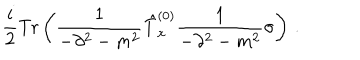
\frac { i } { 2 } \mathrm { T r } \left( \frac { 1 } { - \partial ^ { 2 } - m ^ { 2 } } \hat { T } _ { x } ^ { ( 0 ) } \frac { 1 } { - \partial ^ { 2 } - m ^ { 2 } } \sigma \right) \, .